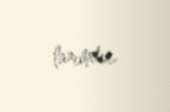
lazımdır.